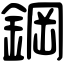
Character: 鋼